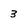
Character: 3